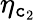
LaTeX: \eta_{\mathtt{c}_{2}}